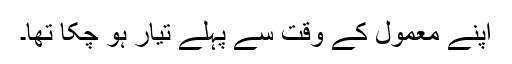
اپنے معمول کے وقت سے پہلے تیار ہو چکا تھا۔